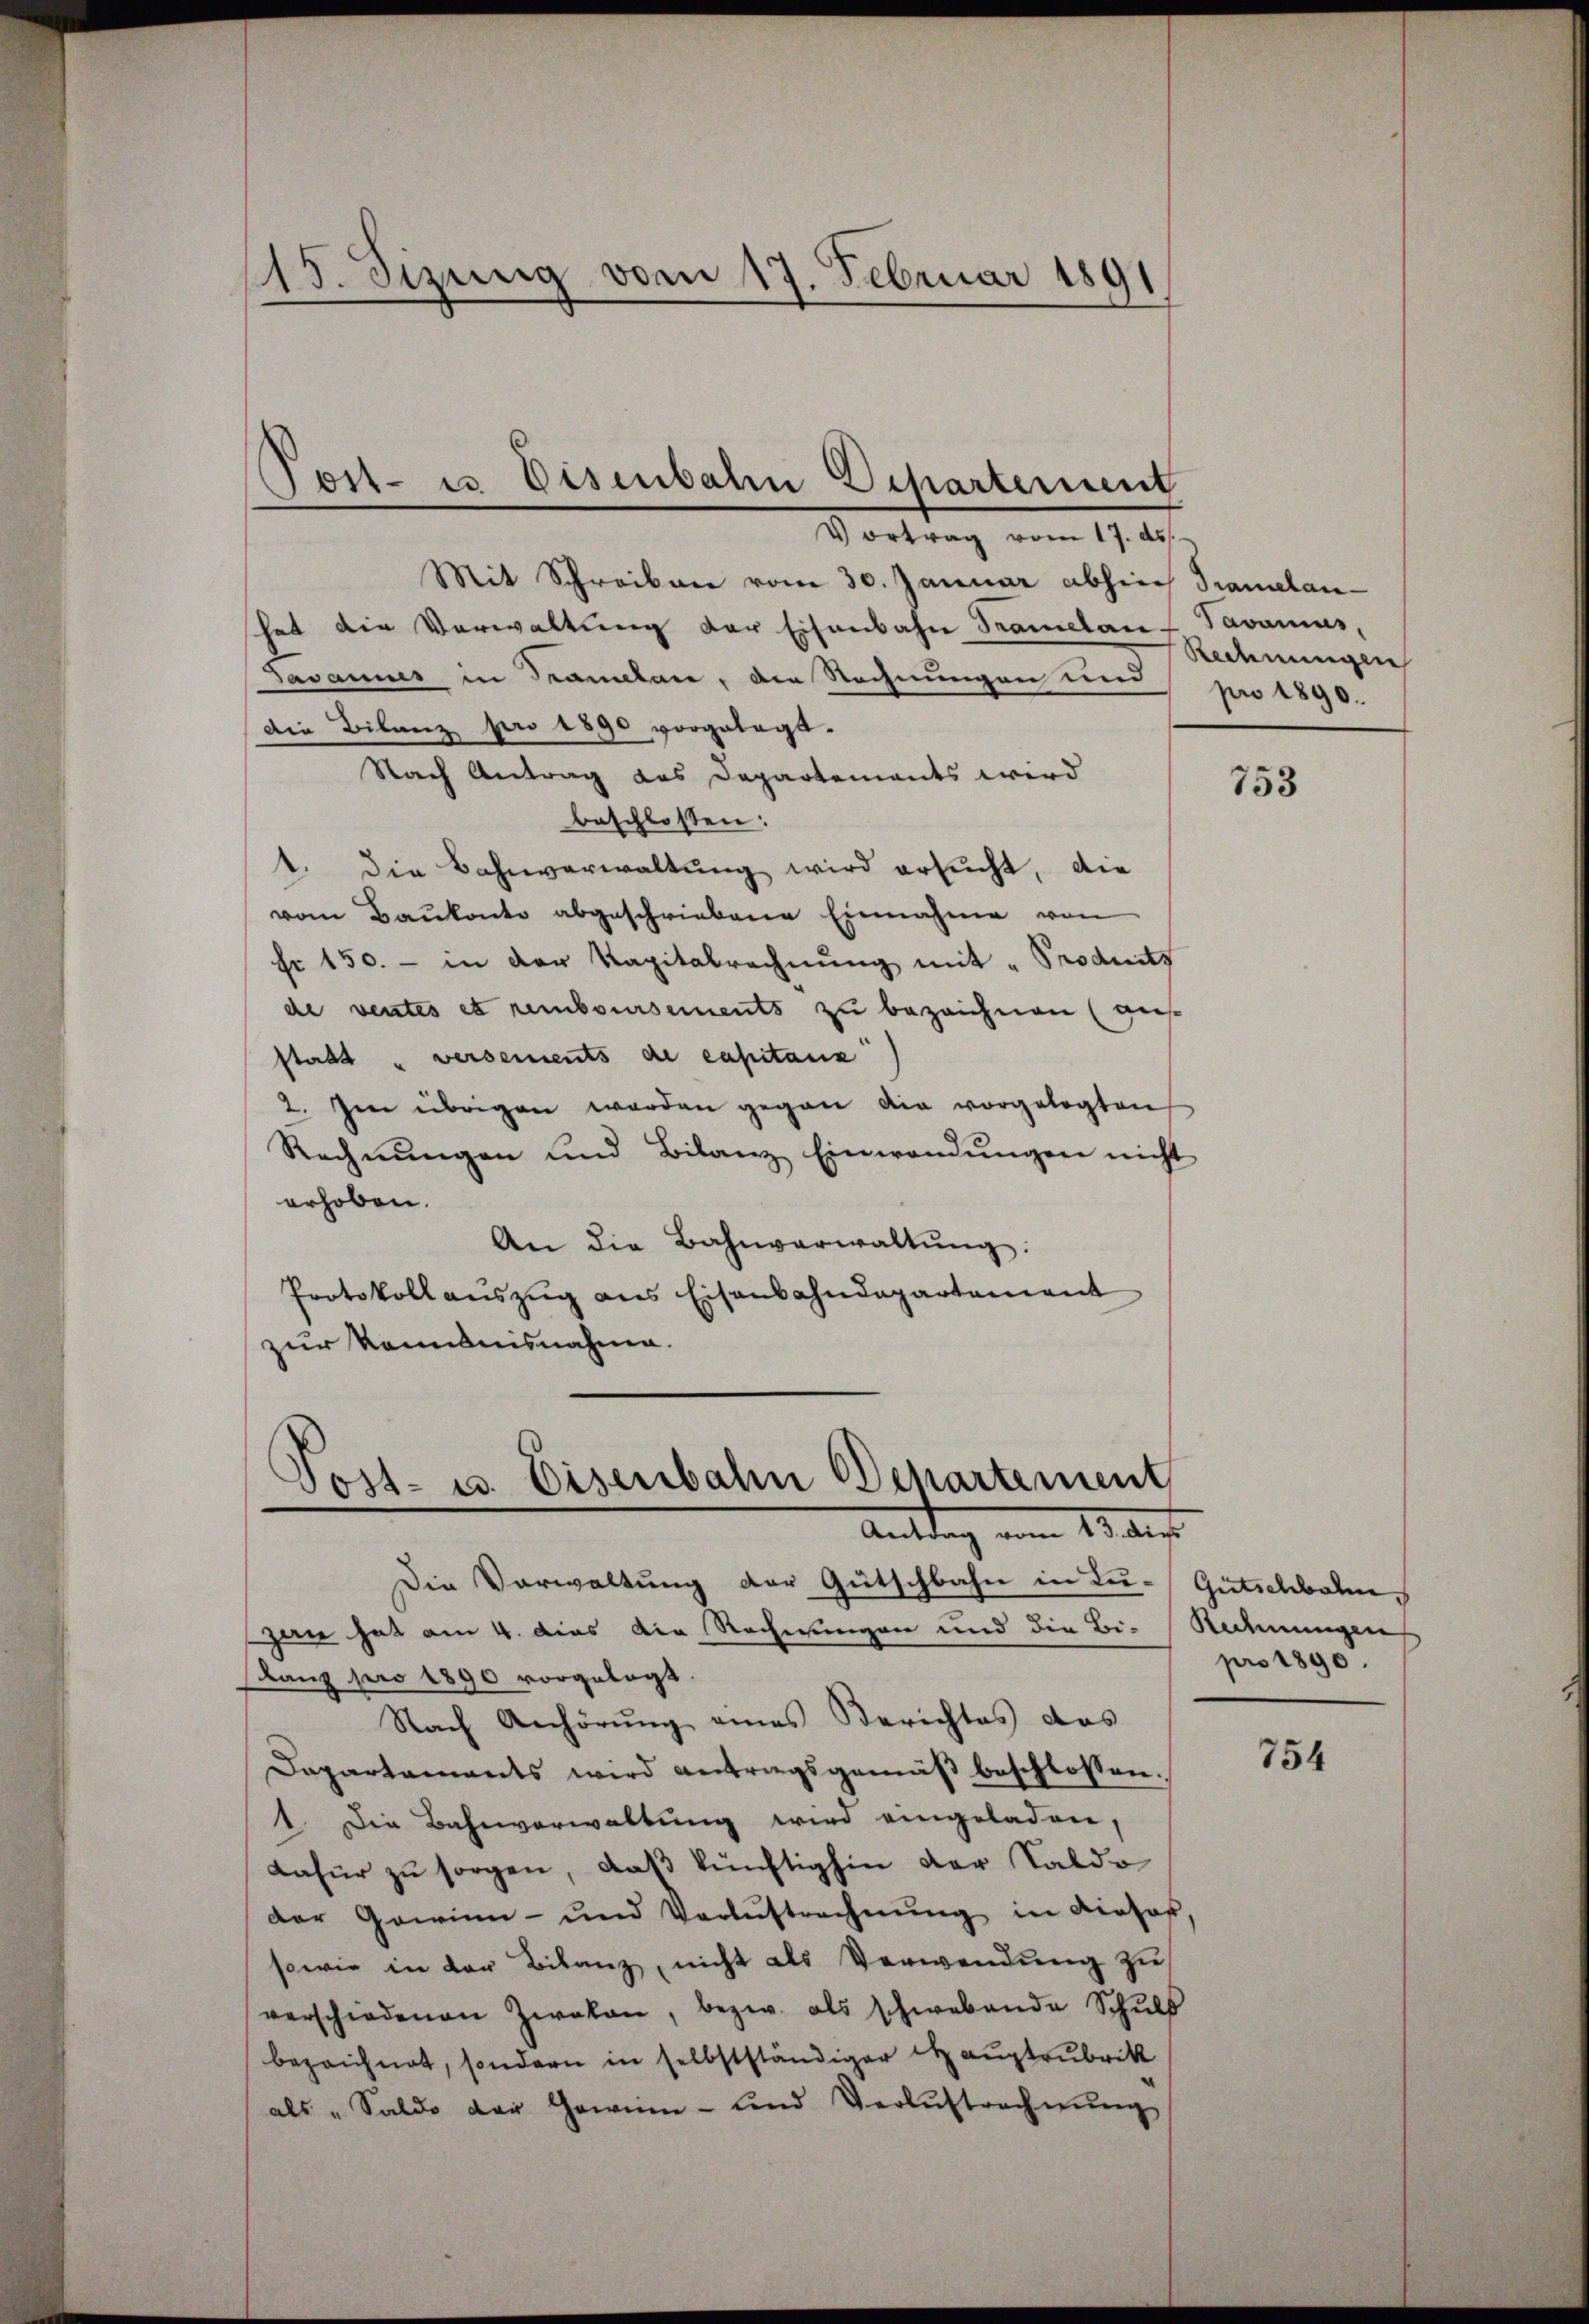
115. Sizung vom 17. Februar 1891

Mit Schreiben vom 30. Januar abhier Tramelan
hat die Verwaltung der Eisenbahn Tramelan- Pavanius,
Javannes in Tramelan, der Rechnungen den pro 1890.
Die Bilanz pro 1890 vorgelegt.
Nach Antrag des Departements wird
beschlossen:
1. Die Bahnverwaltung wird ersucht, die
vom Baukonto abgeschriebene Einnahme von
sr 150.- in der Kapitalrechnung mit "Produits
de ventes et remboursements zu bezeichnen (auf
stadt versements de capitanz
2. Im übrigen worden gegen die vorgelegten
Rechnŭngen und Bilanz Einwendŭngen nicht
erhoben.
An die Bahnverwaltŭng:
Protokoll aŭszŭg ans Eisenbahndepartement
zur Kenntnisnahme.

Post- u. Disenbahn Departement
Vortrag vom 17. ds.

Post- u. Eisenbahn Departement
Antrag vom 13. des

Die Verwaltung der Gütschbahn in Lu-Gutschbolen hat am 4. dies die Rechnungen und die Bi-Rechnungen
Lanz pro 1890 vorgelegt.
Nach Anhörŭng eines Berichtes das
Dapartaments wird antragsgemäß beschlossen:
1. Die Bahnverwaltung wird eingeladen,
Dafür zu sorgen, daß künftighin der Saldo
der Gewinn- und Verlustrechnŭng in dieser,
sowie in der Bilanz, nicht als Verwendung zu
verschiedenen Zwakan, bezw. als schwebende Schŭld
bezeichnet, sondern in selbstständiger Hauptrubrik
als „Saldo der Gewinn- und Verlustrechnŭng

Rechnungen

753

pro 1890.

754